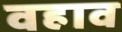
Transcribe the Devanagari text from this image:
वहाव